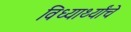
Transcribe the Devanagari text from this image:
विध्यार्थ्यांचे